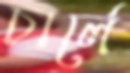
চার্লে